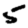
Digit: 5